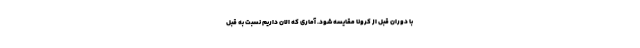
با دوران قبل از کرونا مقایسه شود. آماری که الان داریم نسبت به قبل